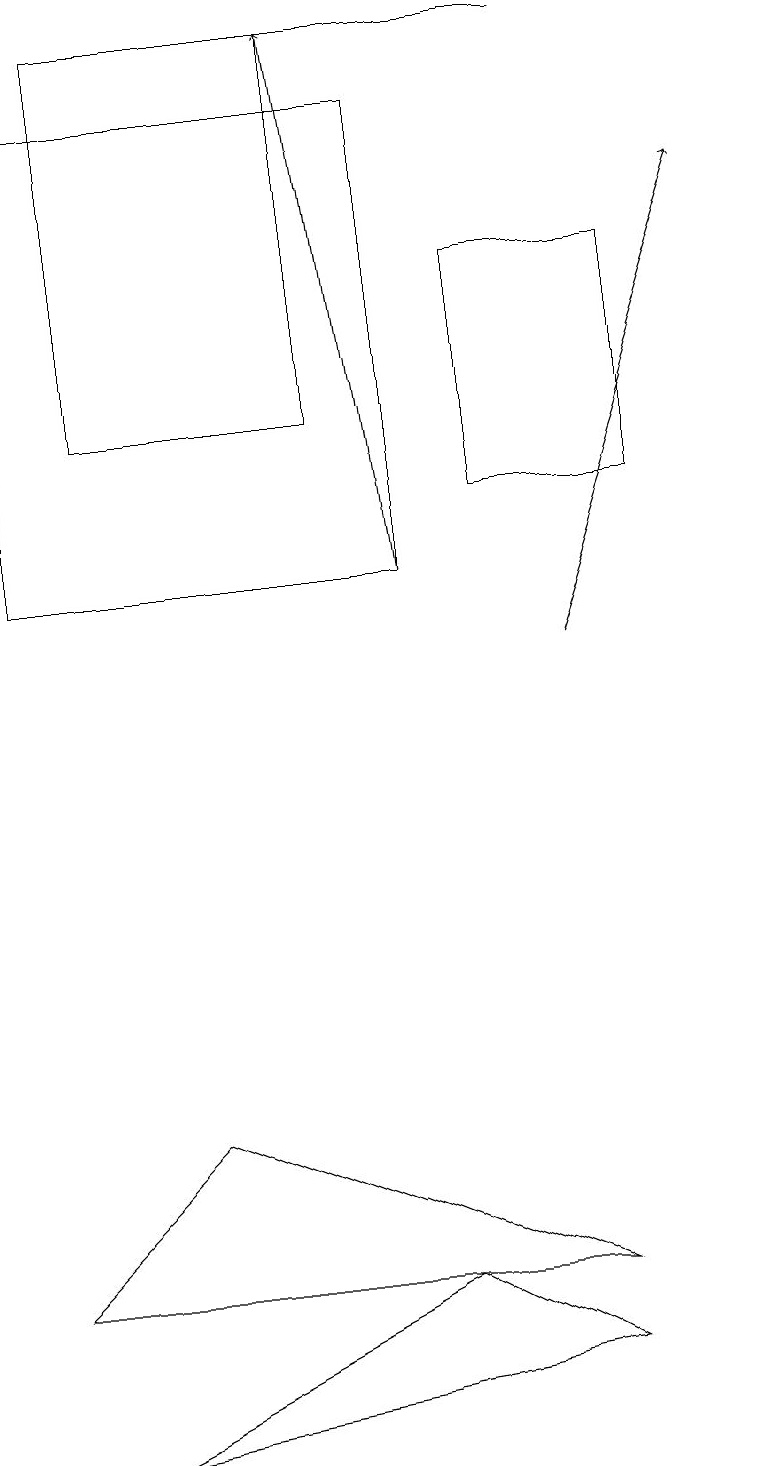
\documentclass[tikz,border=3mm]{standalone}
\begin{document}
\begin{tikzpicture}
\draw (1,14) rectangle (4,19);
\draw (2,5) -- (0,3) -- (7,3) -- cycle;
\draw (6,16) rectangle (8,13);
\draw (1,1) -- (7,2) -- (5,3) -- cycle;
\draw[->] (7,11) -- (9,17);
\draw (7,19) rectangle (3,19);
\draw (5,12) rectangle (0,18);
\draw[->] (5,12) -- (4,19);
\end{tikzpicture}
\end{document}